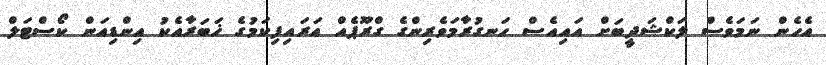
އެހެން ނަމަވެސް ލަކްޝަދީބަށް އައިއެސް ހަނގުރާމަވެރިންގެ ގްރޫޕެއް އަރައިފިކަމުގެ ޚަބަރާއެކު އިންޑިއަން ކޯސްޓަލް